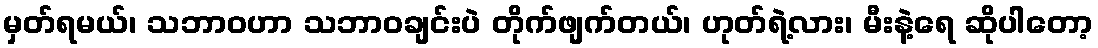
မှတ်ရမယ်၊ သဘာဝဟာ သဘာဝချင်းပဲ တိုက်ဖျက်တယ်၊ ဟုတ်ရဲ့လား၊ မီးနဲ့ရေ ဆိုပါတော့